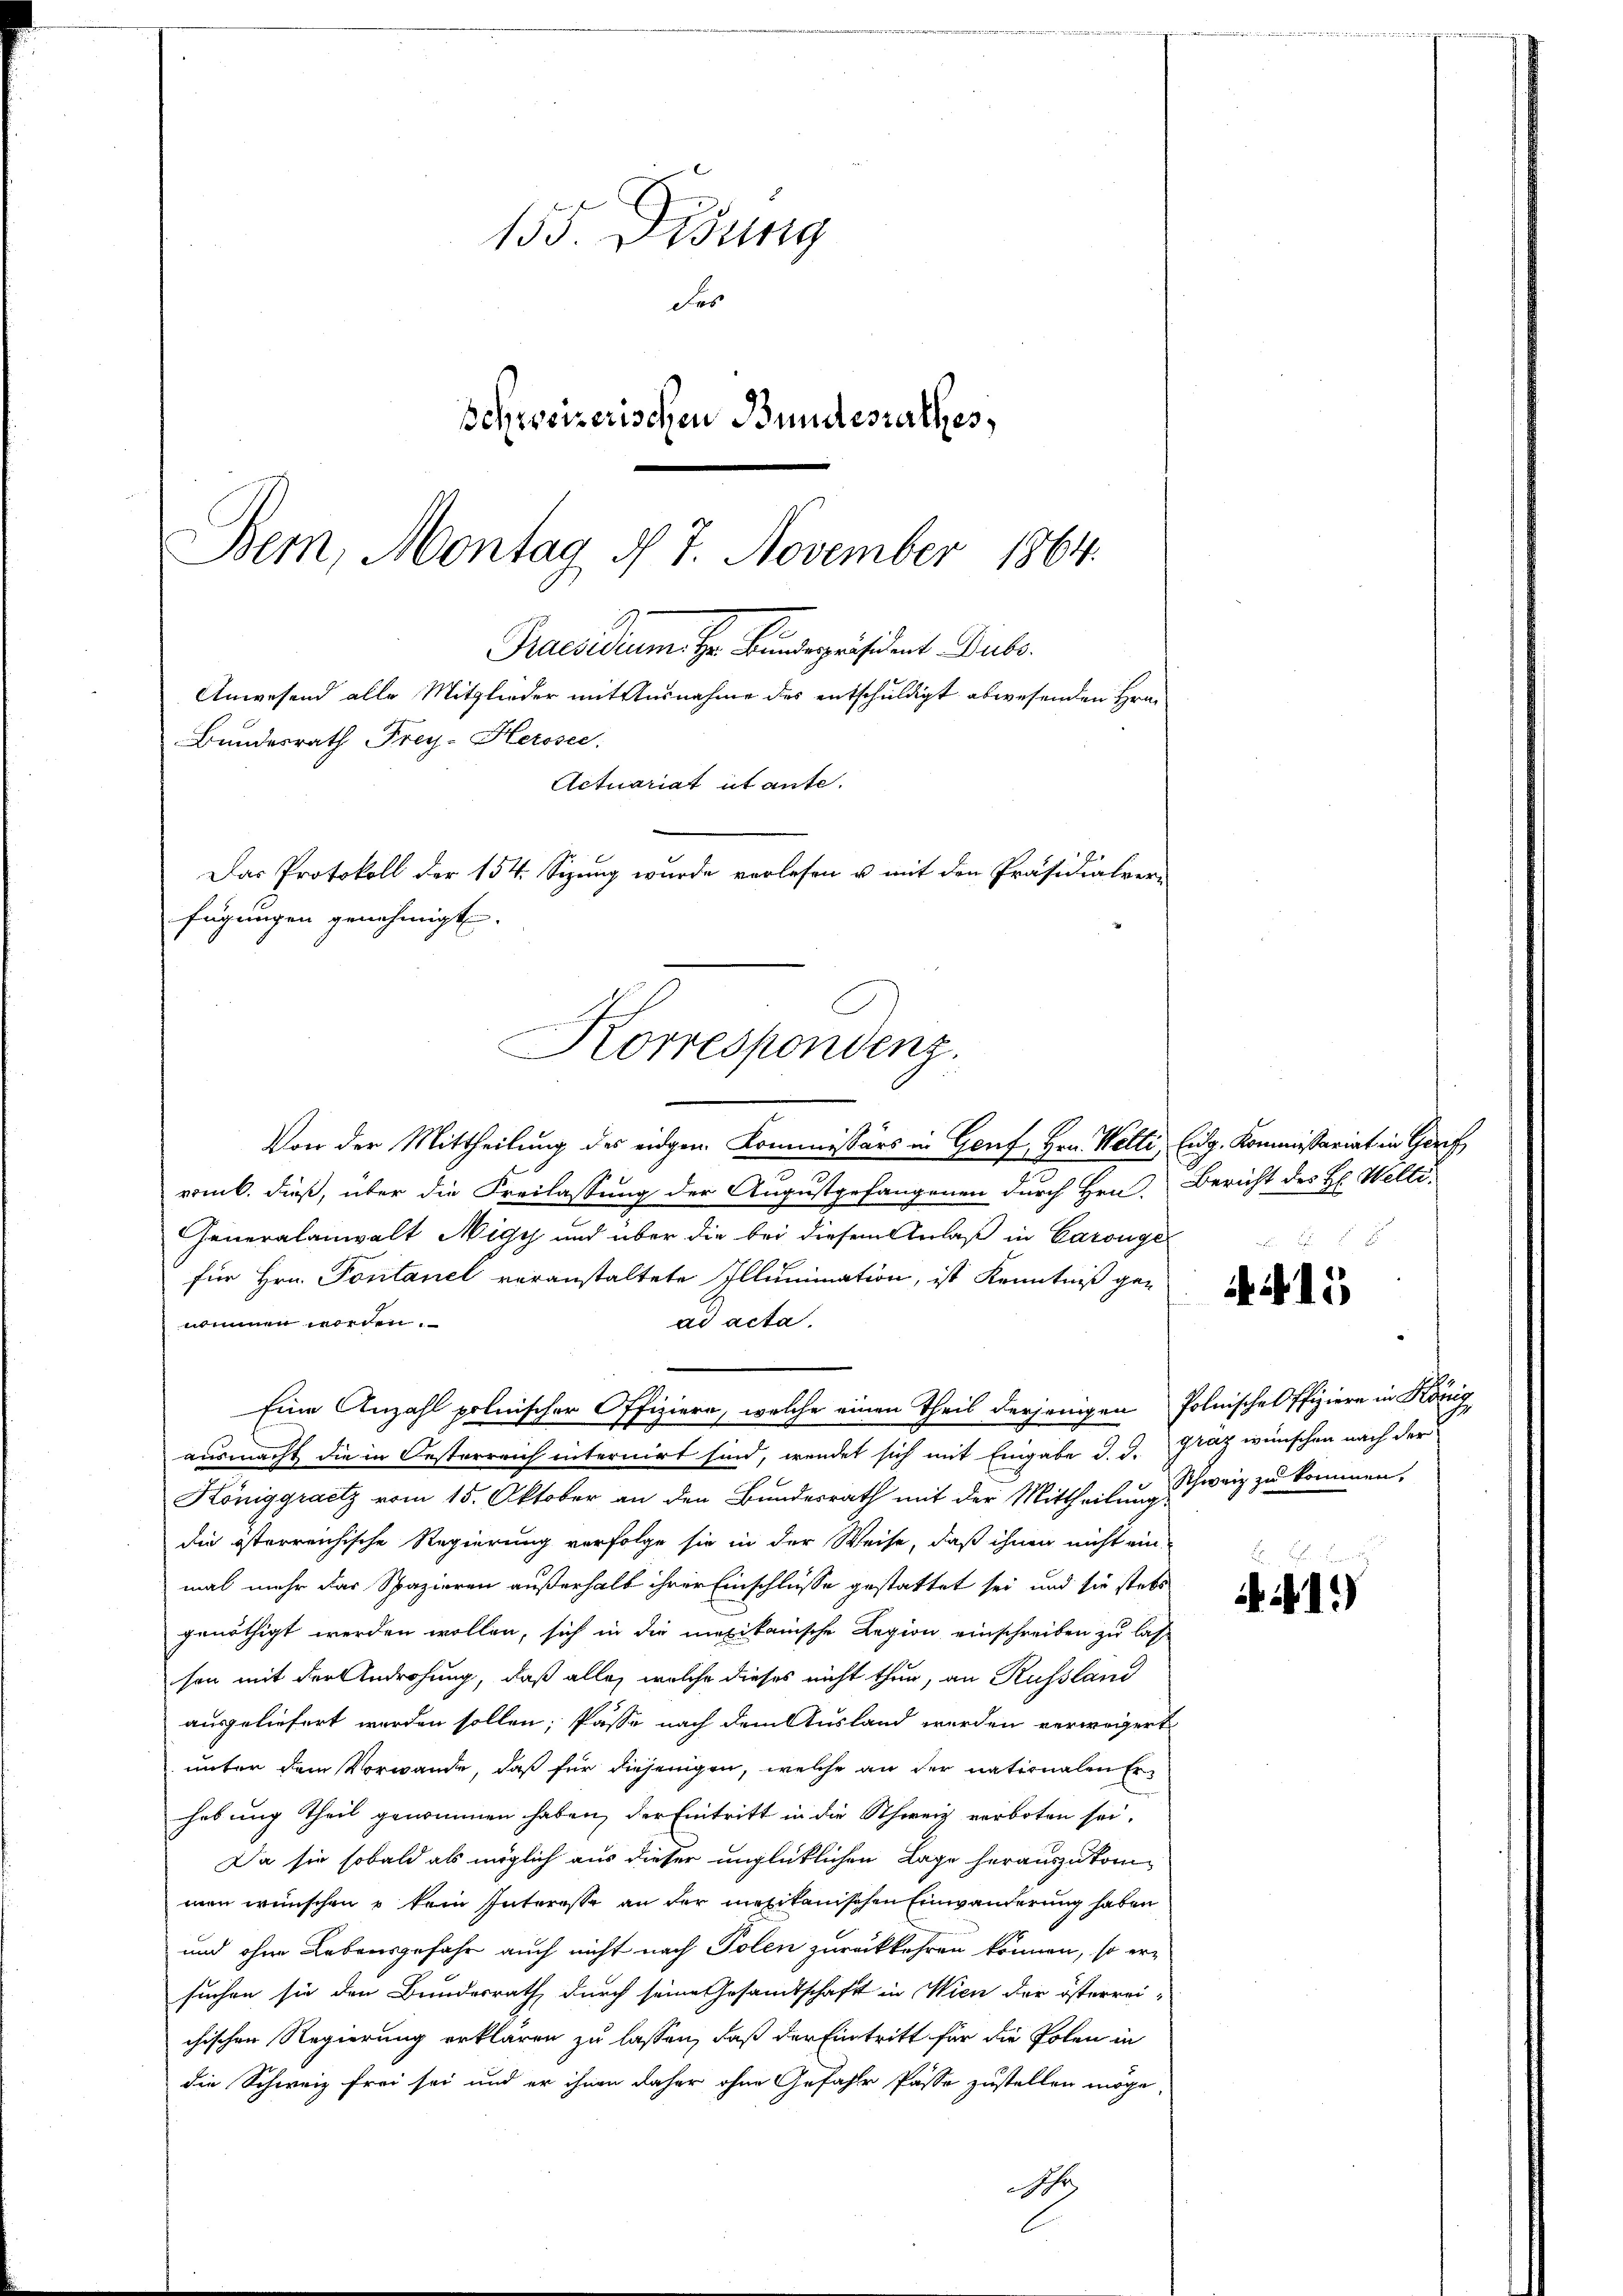
155. Disung
des
Schweizerischen Bundesrathes,
Bem, Montag d. 7. November 1864.
Praesidium ihr Bundespräsident. Dubo
Anwesend alle Mitglieder mit Ausnahme des entschuldigt abwesenden Hrn.
Bundesrath Frey-Herosee.
Actuariat et ante.

Das Protokoll der 154. Sizung wurde verlesen u. mit den Präsidialver-
fügungen genehmigt.
Korrespondenz.

Von der Mittheilung des eidgen. Kommissärs in Genf, Hrn. Welti, Eidg. Kommissariat in Ger
3
romb. dieß, über die Freilassung der Augustgefangenen durch Hrn. Bericht des H. Welti-
Generalanwalt Nigy und über die bei diesem Anlaß in Carouge
für Hrn. Pontanel voranstaltete Illumination, ist Kenntniß ge-
nommen worden.
ad acta.
Eine Anzahl polnischer Offiziere, welche einen Theil derjenigen Polnisches Pfiziere in König
ausmacht die in Oesterreich internirt sind, wendet sich mit Eingabe d. d. Graz wünschen nach der
Königgrantz vom 15. Oktober an den Bundesrath mit der Mittheilung Schweiz zu kommen,
die österreichische Regierung verfolge sie in der Weise, daß ihnen nicht ein
mal mehr das Spazieren außerhalb ihrer Einschlüsse gestattet sei und sie stets
genöthigt werden wollen, sich in die mexikanische Legion einschreiben zu lass
son mit der Androhung, daß alle, welche dieses nicht thun, an Russland
ausgeliefert worden sollen, Pässe nach dem Ausland werden verweigert
unter dem Vorwande, daß für diejenigen, welche an der nationalen Erhebung theil genommen haben, der Eintritt in die Schweiz verboten sei.
Da sie sobald als möglich aus dieser unglücklichen Lage herauszukommen wünschen u kein Interesse an der mexikanischen Einwanderung haben
und ohne Lebensgefahr auch nicht nach Polen zurückkehren können, so ersuchen sie den Bundesrath durch seine Gesamtschaft in Wien der österrei-
chischen Regierung erklären zu lassen, daß der Eintritt für die Polen in
die Schweiz frei sei und er ihnen daher ohne Gefahr Pässe zustellen möge,
sehr

15

2